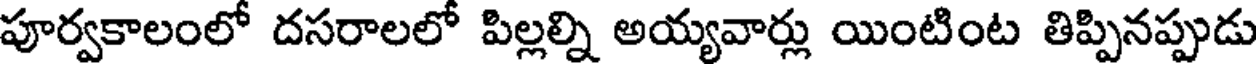
పూర్వకాలంలో దసరాలలో పిల్లల్ని అయ్యవార్లు యింటింట తిప్పినప్పుడు